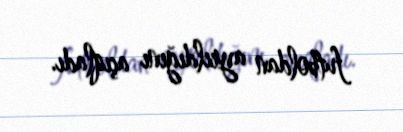
futboldan ayrıldığını açıqladı.